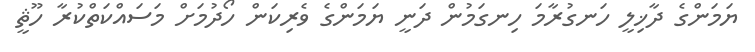
ޔަމަންގެ ދާޚިލީ ހަނގުރާމަ ހިނގަމުން ދަނީ ޔަމަންގެ ވެރިކަން ހޯދުމަށް މަސައްކަތްކުރާ ހޫޘީ